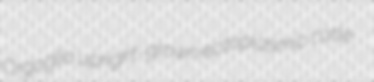
Orgoglio upright-grown ectoplasmic cotte